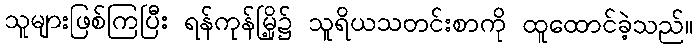
သူများဖြစ်ကြပြီး ရန်ကုန်မြို့၌ သူရိယသတင်းစာကို ထူထောင်ခဲ့သည်။